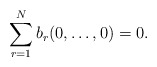
\begin{align*}\sum_{r=1}^{N} b_{r}(0,\ldots,0)=0.\end{align*}